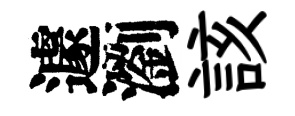
遽瀏該